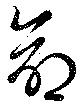
命